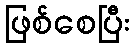
ဖြစ်စေပြီး